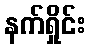
နက်ရှိုင်း